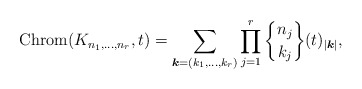
\begin{gather*}{\rm Chrom} (K_{n_1,\ldots,n_r},t)= \sum_{{\boldsymbol{k}}=(k_1,\ldots,k_r)}\prod_{j=1}^{r} {n_j \brace k_j } (t)_{|{\boldsymbol{k}}|},\end{gather*}